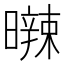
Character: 𣋩